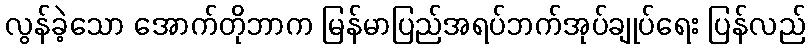
လွန်ခဲ့သော အောက်တိုဘာက မြန်မာပြည်အရပ်ဘက်အုပ်ချုပ်ရေး ပြန်လည်